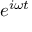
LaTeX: e ^ { i \omega t }